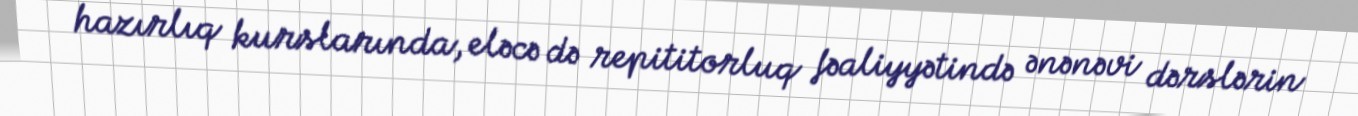
hazırlıq kurslarında, eləcə də repititorluq fəaliyyətində ənənəvi dərslərin